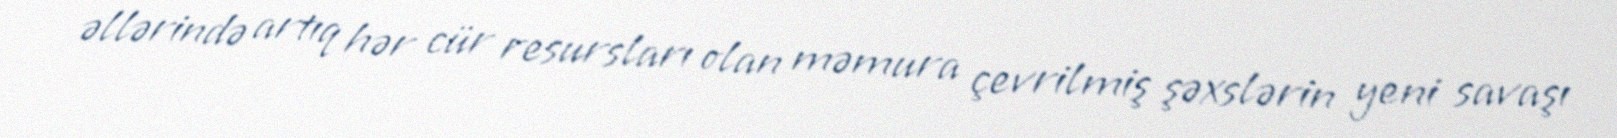
əllərində artıq hər cür resursları olan məmura çevrilmiş şəxslərin yeni savaşı